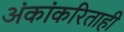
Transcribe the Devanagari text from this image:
अंकांकरिताही